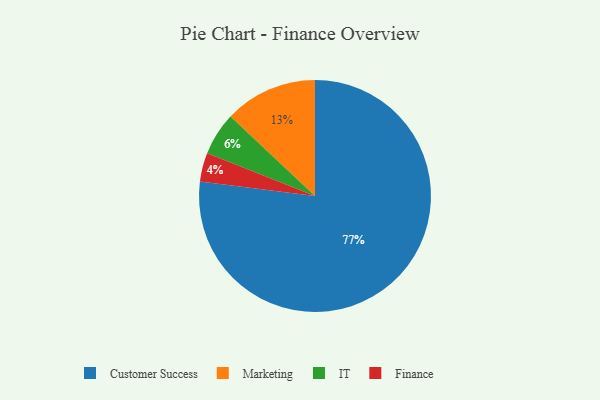
{"axis": {"x": "Category", "y": "Percentage"}, "legend": ["Customer Success", "Finance", "IT", "Marketing"], "data": [{"x": "IT", "y": 6, "type": "IT"}, {"x": "Customer Success", "y": 77, "type": "Customer Success"}, {"x": "Marketing", "y": 13, "type": "Marketing"}, {"x": "Finance", "y": 4, "type": "Finance"}]}